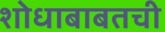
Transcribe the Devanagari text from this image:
शोधाबाबतची